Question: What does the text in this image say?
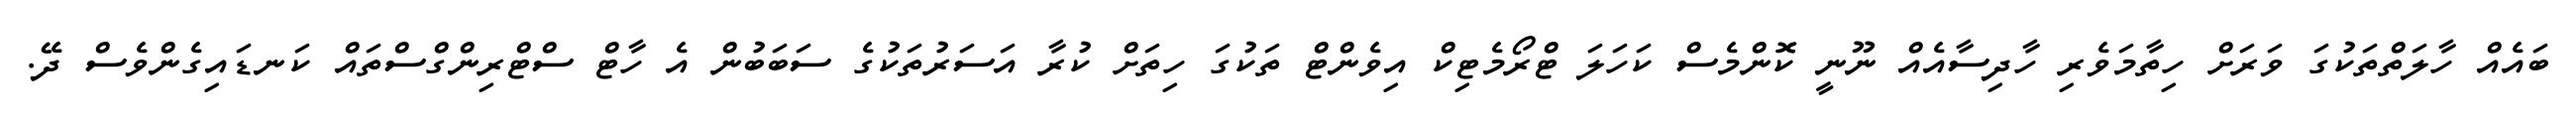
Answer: ބައެއް ހާލަތްތަކުގަ ވަރަށް ހިތާމަވެރި ހާދިސާއެއް ނޫނީ ކޮންމެސް ކަހަލަ ޓްރޯމެޓިކް އިވެންޓް ތަކުގަ ހިތަށް ކުރާ އަސަރުތަކުގެ ސަބަބުން އެ ހާޓް ސްޓްރިންގްސްތައް ކަނޑައިގެންވެސް ދޭ.